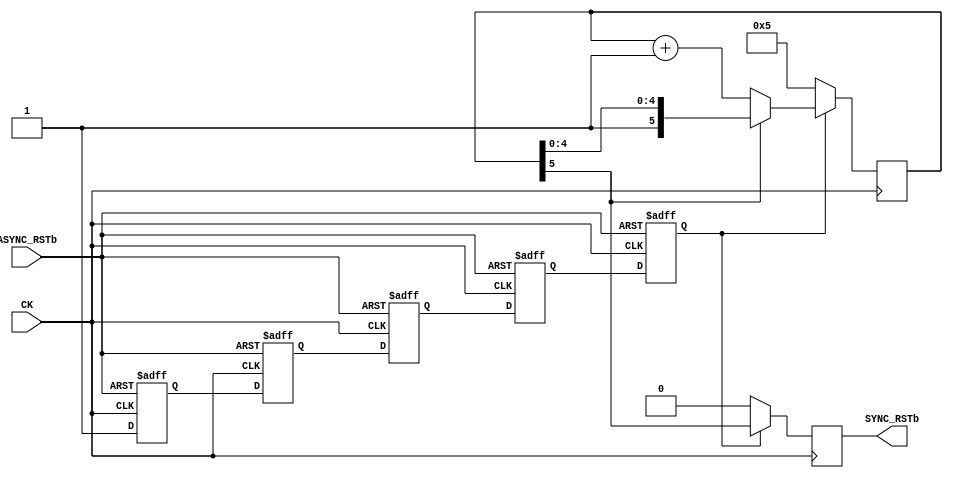
module SyncReset(CK, ASYNC_RSTb, SYNC_RSTb);
input CK, ASYNC_RSTb;
output SYNC_RSTb;

`ifdef SYNTH
parameter MSB = 21;
`else
parameter MSB = 5;
`endif

reg SYNC_RSTb;
reg x1, x2, x3, x4, int_rstB;

reg [MSB:0] rst_count;

always @(posedge CK or negedge ASYNC_RSTb)
begin
	if( ASYNC_RSTb == 0 )
	begin
		x1 <= 0; x2 <= 0; x3 <= 0; x4 <= 0;
		int_rstB <= 0;
	end
	else
	begin
		x1 <= 1'b1;
		x2 <= x1;
		x3 <= x2;
		x4 <= x3;
		int_rstB <= x4;
	end
end

always @(posedge CK)
begin
	if( int_rstB == 0 )
	begin
		rst_count <= MSB+1'b0;
		SYNC_RSTb <= 0;
	end
	else
	begin
		if( rst_count[MSB] == 0 )
			rst_count <= rst_count + 1;
		SYNC_RSTb <= rst_count[MSB];
	end
end

endmodule